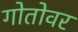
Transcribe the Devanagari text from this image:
गोतोवर